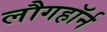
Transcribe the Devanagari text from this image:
लौगहॉर्न